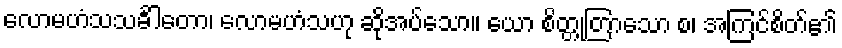
လောမဟံသသင်္ခါတော၊ လောမဟံသဟု ဆိုအပ်သော။ ယော စိတ္တုတြာသော စ၊ အကြင်စိတ်၏